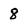
Character: 8